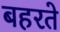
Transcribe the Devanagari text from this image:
बहरते